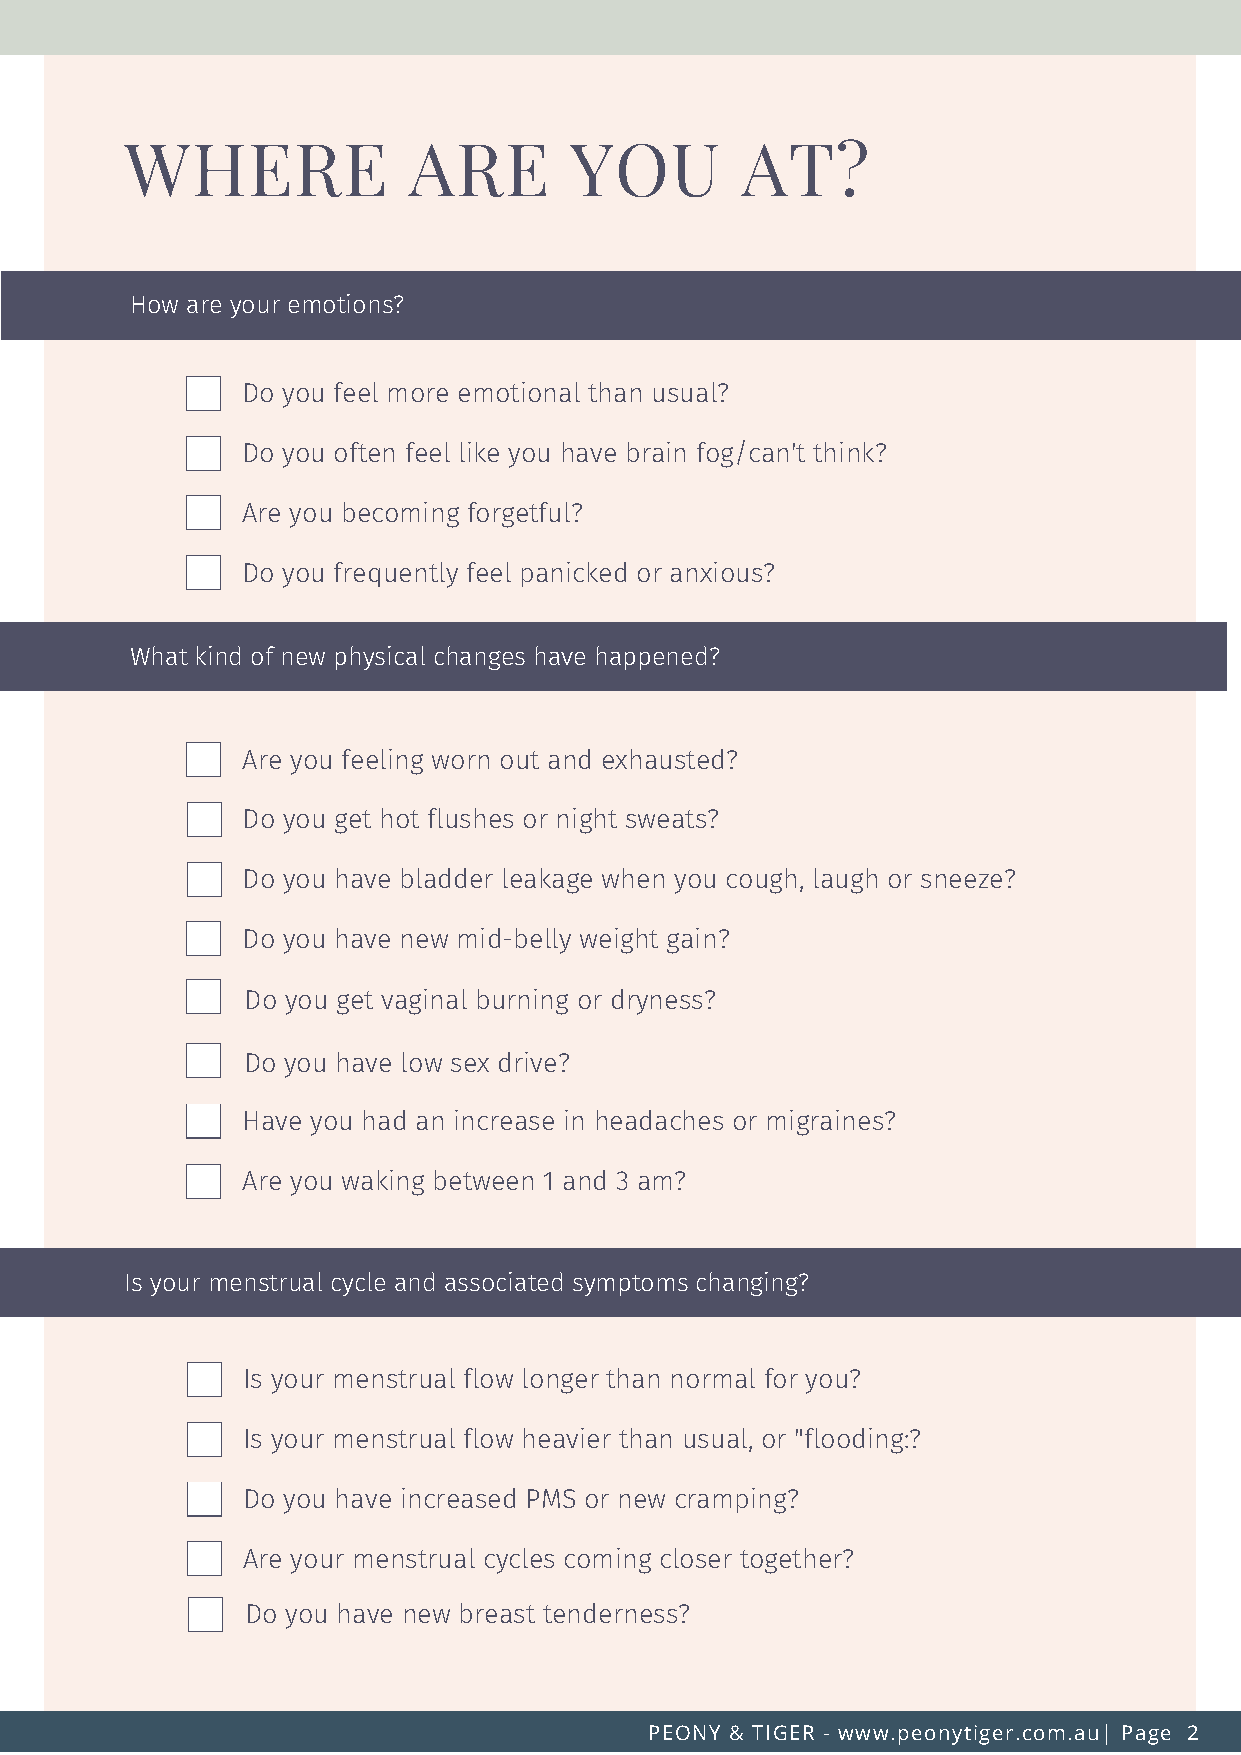
WHERE              ARE        YOU        AT?
 How are your emotions?
 Do you feel more emotional than usual?
 Do you often feel like you have brain fog/can't think?
 Are you becoming forgetful?
 Do you frequently feel panicked or anxious?
 What kind of new physical changes have happened?
 Are you feeling worn out and exhausted?
 Do you get hot flushes or night sweats?
 Do you have bladder leakage when you cough, laugh or sneeze?
 Do you have new mid-belly weight gain?
 Do you get vaginal burning or dryness?
 Do you have low sex drive?
 Have you had an increase in headaches or migraines?
 Are you waking between 1 and 3 am?
 Is your menstrual cycle and associated symptoms changing?
 Is your menstrual flow longer than normal for you?
 Is your menstrual flow heavier than usual, or "flooding:?
 Do you have increased PMS or new cramping?
 Are your menstrual cycles coming closer together?
 Do you have new breast tenderness?
 PEONY & TIGER - www.peonytiger.com.au| Page 2